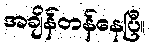
အချိန်တန်နေပြီ။